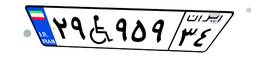
۲۹W۹۵۹۳۴